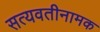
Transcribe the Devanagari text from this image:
सत्यवतीनामक